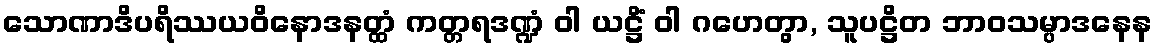
သောဏာဒိပရိဿယဝိနောဒနတ္ထံ ကတ္တရဒဏ္ဍံ ဝါ ယဋ္ဌိံ ဝါ ဂဟေတွာ, သူပဋ္ဌိတ ဘာဝသမ္ပာဒနေန